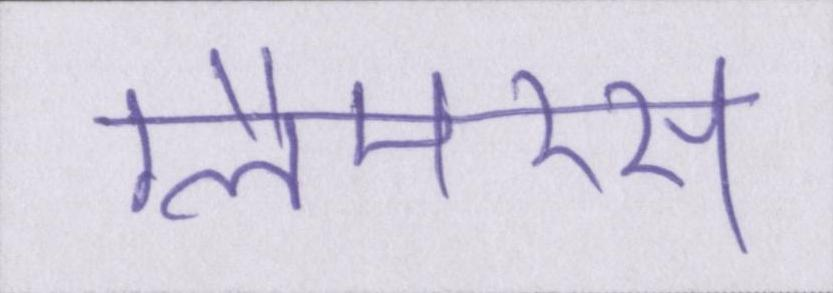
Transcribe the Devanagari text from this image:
ग्लैमरस